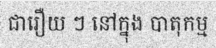
ជារឿយ ៗ នៅក្នុង បាតុកម្ម